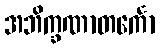
အဘိက္ခဏာတင်္ကော